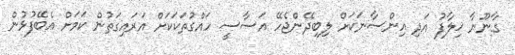
ގާނޫނާ ޚިލާފު އަދި އިންސާނަކަށް ލިބިދޭންޖެހޭ އަސާސީ ހައްގުތަކަކަށް އަރައިގަތުން ކަމަށް އެބޭފުޅުން